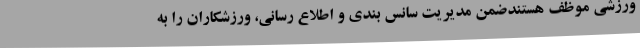
ورزشی موظف هستندضمن مدیریت سانس بندی و اطلاع رسانی، ورزشکاران را به